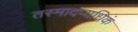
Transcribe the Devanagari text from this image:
तस्मादप्यधिकं